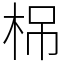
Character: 𣑐